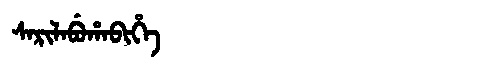
Manchu: ᠰᠠᡵᡳᠯᠠᠪᡠᡥᠠᠪᡳᡥᡝ
Romanization: SARILABUHABIHE